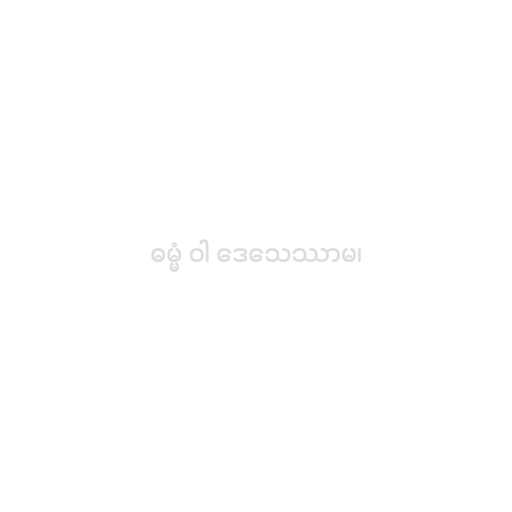
ဓမ္မံ ဝါ ဒေသေဿာမ၊